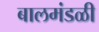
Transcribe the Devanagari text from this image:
बालमंडळी